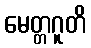
မေတ္တဂူတိ